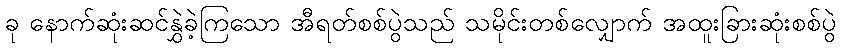
ခု နောက်ဆုံးဆင်နွှဲခဲ့ကြသော အီရတ်စစ်ပွဲသည် သမိုင်းတစ်လျှောက် အထူးခြားဆုံးစစ်ပွဲ